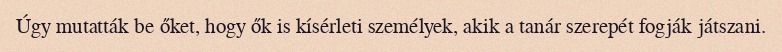
Úgy mutatták be őket, hogy ők is kísérleti személyek, akik a tanár szerepét fogják játszani.